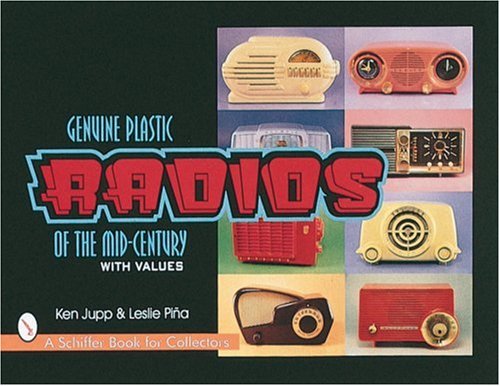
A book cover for Genuine Plastic Radios: Of the Mid-Century (A Schiffer Book for Collectors); Ken Jupp; Crafts, Hobbies & Home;